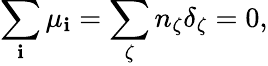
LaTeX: \sum_{\mathbf{i}}\mu_{\mathbf{i}}=\sum_{\zeta}n_{\zeta}\delta_{\zeta}=0,